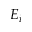
E _ { i }